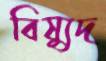
বিষ্যুদ